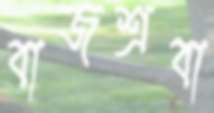
বাজশ্রবা